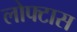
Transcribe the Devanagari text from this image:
लोफ्टास